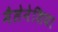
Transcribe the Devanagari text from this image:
मैलेनेशिया